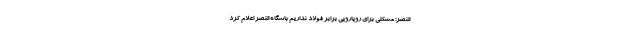
النصر: مشکلی برای رویارویی برابر فولاد نداریم باشگاه النصر اعلام کرد